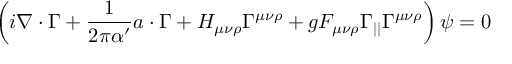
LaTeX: \left( i \nabla \cdot \Gamma + \frac { 1 } { 2 \pi \alpha ^ { \prime } } a \cdot \Gamma + H _ { \mu \nu \rho } \Gamma ^ { \mu \nu \rho } + g F _ { \mu \nu \rho } \Gamma _ { | | } \Gamma ^ { \mu \nu \rho } \right) \psi = 0